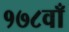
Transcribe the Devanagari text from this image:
१७८वाँ